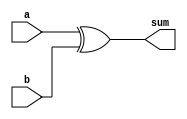
//XOR - Addition
module fast_add(a,b,sum);
    input a,b;
    output sum;

    xor(sum,a,b);

endmodule

//CLA - Operation (*)
module find_nxt(ci_1,ci,res);
    input[1:0] ci_1,ci;
    output[1:0] res;

    assign res = (ci_1 == 2'b00 || ci_1 == 2'b11)? ci_1 : ci ;

endmodule

//Finding final carry array
module gen_carry(kgp,carry);
    input[1:0] kgp;
    output carry;

    assign carry = &kgp;

endmodule

//64-bit Recursive Doubling based Carry Look-Ahead Adder
module rd_cla(a,b,cin,sum,cout);
    input[63:0] a,b;
    input cin;
    output[63:0] sum;
    output cout;

    wire[63:0] fa_sum,carry,res_carry;
    wire[127:0] kgp0,kgp1,kgp2,kgp3,kgp4,kgp5,kgp6,kgp;
    wire[1:0] stable;

    parameter k = 2'b00, g = 2'b11;
    assign stable = cin ? g : k ;

    genvar i,j;

    // Level - 0 (XOR-Sum and Initial kgp)
    generate
        for (i = 0;i < 64;i = i+1) begin
            fast_add fa(a[i],b[i],fa_sum[i]);
            assign kgp0[2*i +: 2] = {a[i],b[i]};
        end
    endgenerate

    // Level - 1
    generate
        for (j = 127;j > 2;j = j-2) begin
            find_nxt prefix(kgp0[j -: 2],kgp0[j-2 -: 2],kgp1[j -: 2]);
        end

        for (i = 1;i > 0;i = i-2) begin
            find_nxt prefix1(kgp0[i -: 2],stable,kgp1[i -: 2]);
        end
    endgenerate
    // find_nxt prefix_l11(kgp0[1:0],stable,kgp1[1:0]);

    // Level - 2
    generate
        for (j = 127;j > 4;j = j-2) begin
            find_nxt prefix(kgp1[j -: 2],kgp1[j-4 -: 2],kgp2[j -: 2]);
        end

        for (i = 3;i > 0;i = i-2) begin
            find_nxt prefix1(kgp1[i -: 2],stable,kgp2[i -: 2]);
        end
    endgenerate
    // find_nxt prefix_l21(kgp1[3:2],stable,kgp2[3:2]);
    // find_nxt prefix_l22(kgp1[1:0],stable,kgp2[1:0]);

    // Level - 3
    generate
        for (j = 127;j > 8;j = j-2) begin
            find_nxt prefix(kgp2[j -: 2],kgp2[j-8 -: 2],kgp3[j -: 2]);
        end
        for (i = 7;i > 0;i = i-2) begin
            find_nxt prefix1(kgp2[i -: 2],stable,kgp3[i -: 2]);
        end
    endgenerate
    // find_nxt prefix_l31(kgp2[7:6],stable,kgp3[7:6]);
    // find_nxt prefix_l32(kgp2[5:4],stable,kgp3[5:4]);
    // find_nxt prefix_l33(kgp2[3:2],stable,kgp3[3:2]);
    // find_nxt prefix_l34(kgp2[1:0],stable,kgp3[1:0]);

    // Level - 4
    generate
        for (j = 127;j > 16;j = j-2) begin
            find_nxt prefix(kgp3[j -: 2],kgp3[j-16 -: 2],kgp4[j -: 2]);
        end
        for (i = 15;i > 0;i = i-2) begin
            find_nxt prefix1(kgp3[i -: 2],stable,kgp4[i -: 2]);
        end
    endgenerate

    // Level - 5
    generate
        for (j = 127;j > 32;j = j-2) begin
            find_nxt prefix(kgp4[j -: 2],kgp4[j-32 -: 2],kgp5[j -: 2]);
        end
        for (i = 31;i > 0;i = i-2) begin
            find_nxt prefix1(kgp4[i -: 2],stable,kgp5[i -: 2]);
        end
    endgenerate

    // Level - 6
    generate
        for (j = 127;j > 64;j = j-2) begin
            find_nxt prefix(kgp5[j -: 2],kgp5[j-64 -: 2],kgp6[j -: 2]);
        end
        for (i = 63;i > 0;i = i-2) begin
            find_nxt prefix1(kgp5[i -: 2],stable,kgp6[i -: 2]);
        end
    endgenerate

    // Final carry (with stable state)
    generate
        for (i = 127;i > 0;i = i-2) begin
            find_nxt prefix1(kgp6[i -: 2],stable,kgp[i -: 2]);
        end
    endgenerate

    // Find carry to add to sum
    generate
        for (i = 0;i < 64;i = i+1) begin
            gen_carry get_carry(kgp[2*i +: 2],carry[i]);
        end
    endgenerate

    assign cout = carry[63];
    assign res_carry = {carry[62:0],cin};

    // Adding carry and sum
    generate
        for (i = 0;i < 64;i = i+1) begin
            fast_add fa(fa_sum[i],res_carry[i],sum[i]);
        end
    endgenerate

endmodule